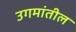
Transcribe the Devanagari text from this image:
उगमांतील